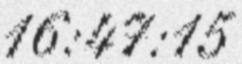
16:47:15